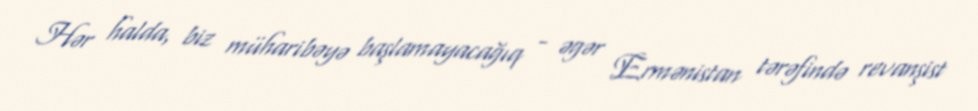
Hər halda, biz müharibəyə başlamayacağıq - əgər Ermənistan tərəfində revanşist